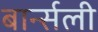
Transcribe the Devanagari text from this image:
बार्न्सली